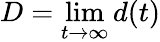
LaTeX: D=\operatorname*{lim}_{t\to\infty}d(t)